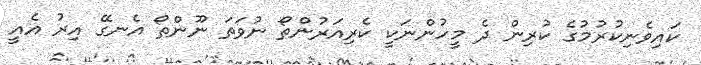
ކައިވެނިކުރުމުގެ ކުރިން ދެ މީހުންނަކީ ކެރިއަރުންތޯ ނުވަތަ ނޫންތޯ އެނގޭ އިރު އެއީ